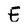
Character: E